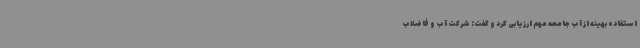
استفاده بهینه از آب جامعه مهم ارزیابی کرد و گفت: شرکت آب و فاضلاب